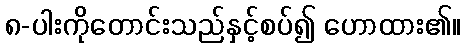
၈-ပါးကိုတောင်းသည်နှင့်စပ်၍ ဟောထား၏။